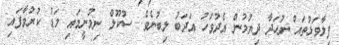
ފިލާވަޅުތައް ނުހަދާ ދިޔުމުން އެދުވަހު އަދަބު ލިބުނެވެ. ސުކޫލް ނިމުނީމައި މަޑު ކުރުވާފައި